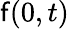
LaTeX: \mathsf{f}(0,t)